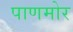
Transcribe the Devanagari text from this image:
पाणमोर